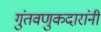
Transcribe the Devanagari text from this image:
गुंतवणुकदारांनी